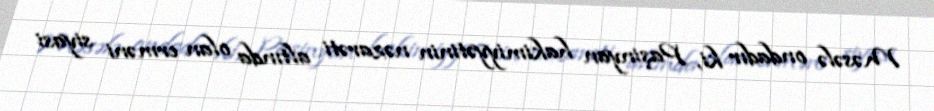
Məsələ ondadır ki, Paşinyan hakimiyyətinin nəzarəti altında olan erməni siyasi